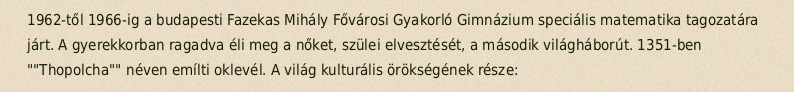
1962-től 1966-ig a budapesti Fazekas Mihály Fővárosi Gyakorló Gimnázium speciális matematika tagozatára járt. A gyerekkorban ragadva éli meg a nőket, szülei elvesztését, a második világháborút. 1351-ben ""Thopolcha"" néven emílti oklevél. A világ kulturális örökségének része: